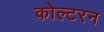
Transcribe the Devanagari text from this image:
कोल्टरन